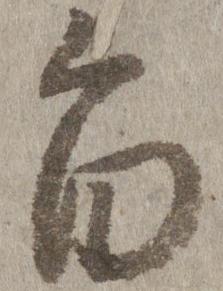
旨